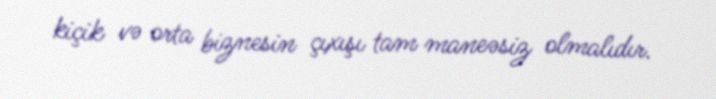
kiçik və orta biznesin çıxışı tam maneəsiz olmalıdır.